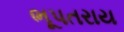
ભૂપતરાય